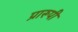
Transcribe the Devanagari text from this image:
प्रारूपी